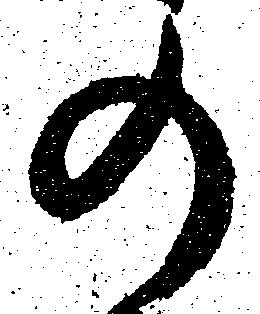
の